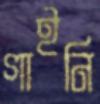
গাইনি